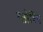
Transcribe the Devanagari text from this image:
ग्लोबिंग